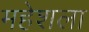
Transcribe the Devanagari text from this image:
महेशला